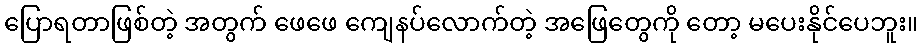
ပြောရတာဖြစ်တဲ့ အတွက် ဖေဖေ ကျေနပ်လောက်တဲ့ အဖြေတွေကို တော့ မပေးနိုင်ပေဘူး။